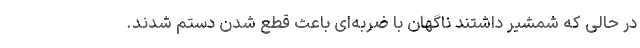
در حالی که شمشیر داشتند ناگهان با ضربه‌ای باعث قطع شدن دستم شدند.